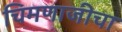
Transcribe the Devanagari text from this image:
चिमणाजीचा